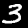
Digit: 3